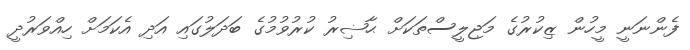
ފެންނަނީ މީހުން ޒިކުރުގެ މަޖިލީސްތަަކަށް ޙާޟިރު ކުރުވުމުގެ ބަދަލުގައި އަދި އެކަމަށް ހިއްވަރުދީ